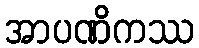
အာပဏိကဿ